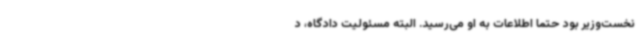
نخست‌وزیر بود حتما اطلاعات به او می‌رسید. البته مسئولیت دادگاه، د